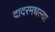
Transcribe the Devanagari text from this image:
दादरमधल्या